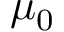
\mu _ { 0 }